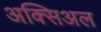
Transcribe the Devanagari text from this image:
अक्सिअल